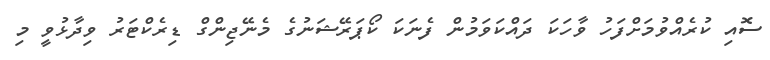
ސޮއި ކުރެއްވުމަށްފަހު ވާހަކަ ދައްކަވަމުން ފެނަކަ ކޯޕަރޭޝަނުގެ މެނޭޖިންގް ޑިރެކްޓަރު ވިދާޅުވީ މި